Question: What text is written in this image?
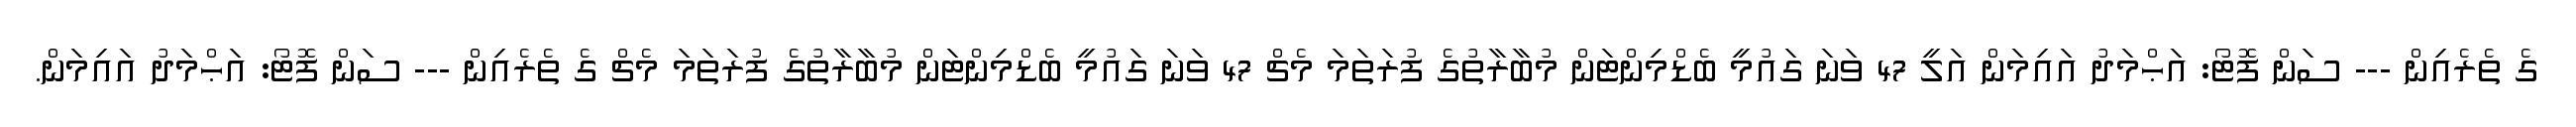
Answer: ގެ ތެރެއިން --- ސަން ފޮޓޯ: އަޙްމަދު އައިމަން އަލީ 47 ވަނަ ގައުމީ ބެޑްމިންޓަން މުބާރާތުގެ ފުރަތަމަ މެޗް 47 ވަނަ ގައުމީ ބެޑްމިންޓަން މުބާރާތުގެ ފުރަތަމަ މެޗް ގެ ތެރެއިން --- ސަން ފޮޓޯ: އަޙްމަދު އައިމަން.